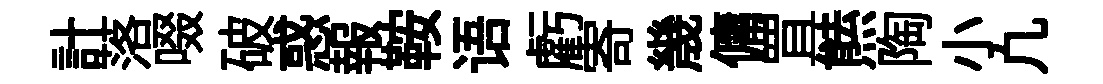
計落啜破惑報鞍语虧寄㡬傭罝㷱陶小凢